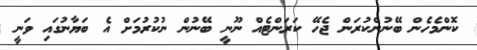
ކޮންމެހެން ބޭނުންކުރަން ޖެހޭ ކަރަންޓެއް ނޫނީ ބޭނުން ނުކުރުމަށް އެ ބަޔާނުގައި ވަނީ